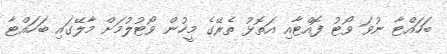
ބަހައްޓާ ނުވަ ވޯޓު ފޮއްޓާއި އަތޮޅު ތެރޭގެ މީހުން ވޯޓުލުމަށް މާލޭގައި ބަހައްޓާ